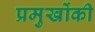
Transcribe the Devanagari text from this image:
प्रमुखोंकी